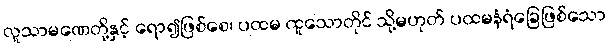
လူသာမဏေတို့နှင့် ရော၍ဖြစ်စေ၊ ပထမ ထူသောတိုင် သို့မဟုတ် ပထမနံရံခြေဖြစ်သော